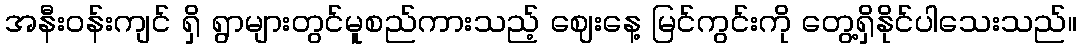
အနီးဝန်းကျင် ရှိ ရွာများတွင်မူစည်ကားသည့် ဈေးနေ့ မြင်ကွင်းကို တွေ့ရှိနိုင်ပါသေးသည်။